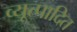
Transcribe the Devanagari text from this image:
व्यूत्पादित